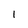
Character: 1